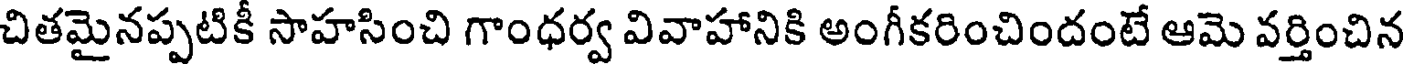
చితమైనప్పటికీ సాహసించి గాంధర్వ వివాహానికి అంగీకరించిందంటే ఆమె వర్తించిన